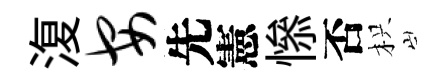
𣸪安先憲𢡖否枳